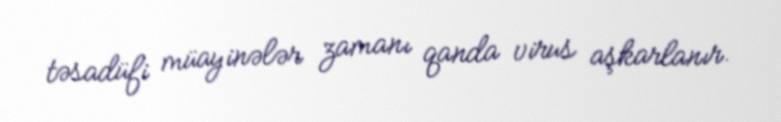
təsadüfi müayinələr zamanı qanda virus aşkarlanır.